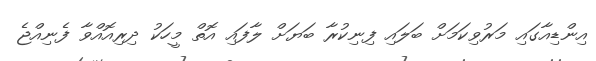
އިންޑިއާގައި މަރުވިކަމަށް ބަލައި ފިނިކުރާ ބަޔަށް ލާފައި އޮތް މީހަކު ދިރިއޮއްވާ ފެނިއްޖެ